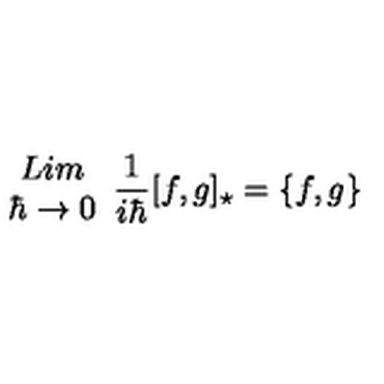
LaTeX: \begin{array} { c } { L i m } \\ { \hbar \rightarrow 0 } \\ \end{array} \frac { 1 } { i \hbar } [ f , g ] _ { \star } = \{ f , g \}